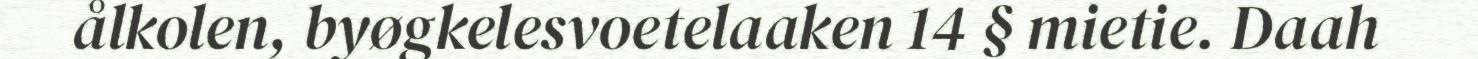
ålkolen, byøgkelesvoetelaaken 14 § mietie. Daah